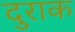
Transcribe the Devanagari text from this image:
दुराक